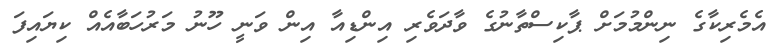
އެމެރިކާގެ ނިންމުމަށް ޕާކިސްތާނުގެ ވާދަވެރި އިންޑިއާ އިން ވަނީ ހޫނު މަރުހަބާއެއް ކިޔައިފަ